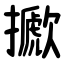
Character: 擨